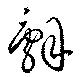
辭